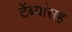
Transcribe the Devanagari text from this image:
टेंब्यांसह